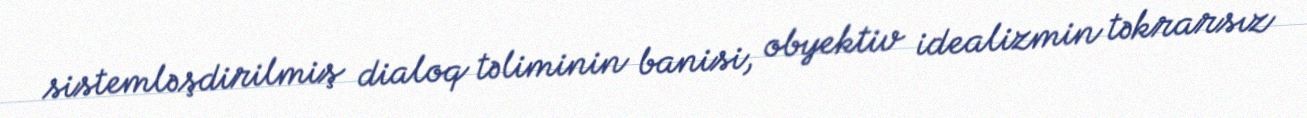
sistemləşdirilmiş dialoq təliminin banisi, obyektiv idealizmin təkrarsız